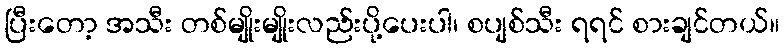
ပြီးတော့ အသီး တစ်မျိုးမျိုးလည်းပို့ပေးပါ၊ စပျစ်သီး ရရင် စားချင်တယ်။